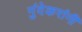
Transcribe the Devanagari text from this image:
गुंदेकरांनी